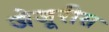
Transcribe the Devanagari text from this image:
जेजूरीस